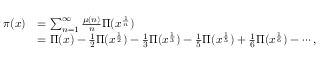
{ \begin{array} { r l } { \pi ( x ) } & { = \sum _ { n = 1 } ^ { \infty } { \frac { \mu ( n ) } { n } } \Pi ( x ^ { \frac { 1 } { n } } ) } \\ & { = \Pi ( x ) - { \frac { 1 } { 2 } } \Pi ( x ^ { \frac { 1 } { 2 } } ) - { \frac { 1 } { 3 } } \Pi ( x ^ { \frac { 1 } { 3 } } ) - { \frac { 1 } { 5 } } \Pi ( x ^ { \frac { 1 } { 5 } } ) + { \frac { 1 } { 6 } } \Pi ( x ^ { \frac { 1 } { 6 } } ) - \cdots , } \end{array} }